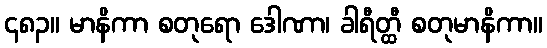
၄၈၃။ မာနိကာ စတုရော ဒေါဏာ၊ ခါရီတ္ထီ စတုမာနိကာ။